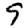
Digit: 9